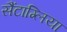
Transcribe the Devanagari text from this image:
सैंटाग्लिया